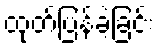
ထုတ်ပြန်ခဲ့ခြင်း